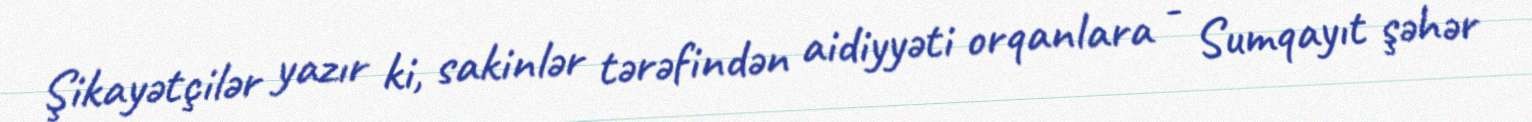
Şikayətçilər yazır ki, sakinlər tərəfindən aidiyyəti orqanlara - Sumqayıt şəhər